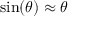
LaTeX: \sin ( \theta ) \approx \theta